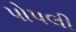
પોપલી